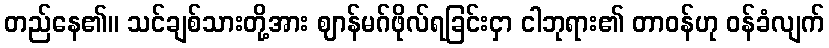
တည်နေ၏။ သင်ချစ်သားတို့အား ဈာန်မဂ်ဖိုလ်ရခြင်းငှာ ငါဘုရား၏ တာဝန်ဟု ဝန်ခံလျက်